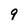
Character: 9